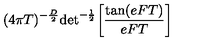
( 4 \pi T ) ^ { - { \frac { D } { 2 } } } \mathrm { d e t } ^ { - { \frac { 1 } { 2 } } } \biggl [ { \frac { \mathrm { t a n } ( e F T ) } { e F T } } \biggr ] \quad \,